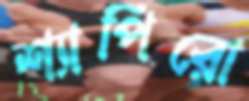
শ্যাপিরো